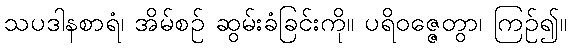
သပဒါနစာရံ၊ အိမ်စဉ် ဆွမ်းခံခြင်းကို။ ပရိဝဇ္ဇေတွာ၊ ကြဉ်၍။